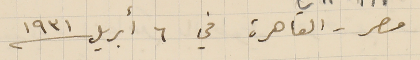
مصر - القاهرة في ٦ أبريل ١۹۳١